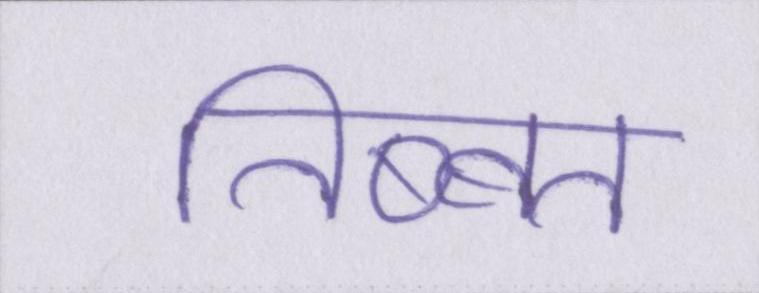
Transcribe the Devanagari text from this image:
तिब्बत